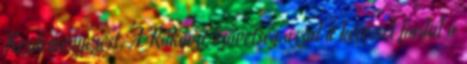
Kezdeményezést. A Rákóczi Szövetség azzal a kéréssel fordul a